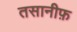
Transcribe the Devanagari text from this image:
तसानीफ़